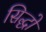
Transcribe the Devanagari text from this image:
सिद्धो